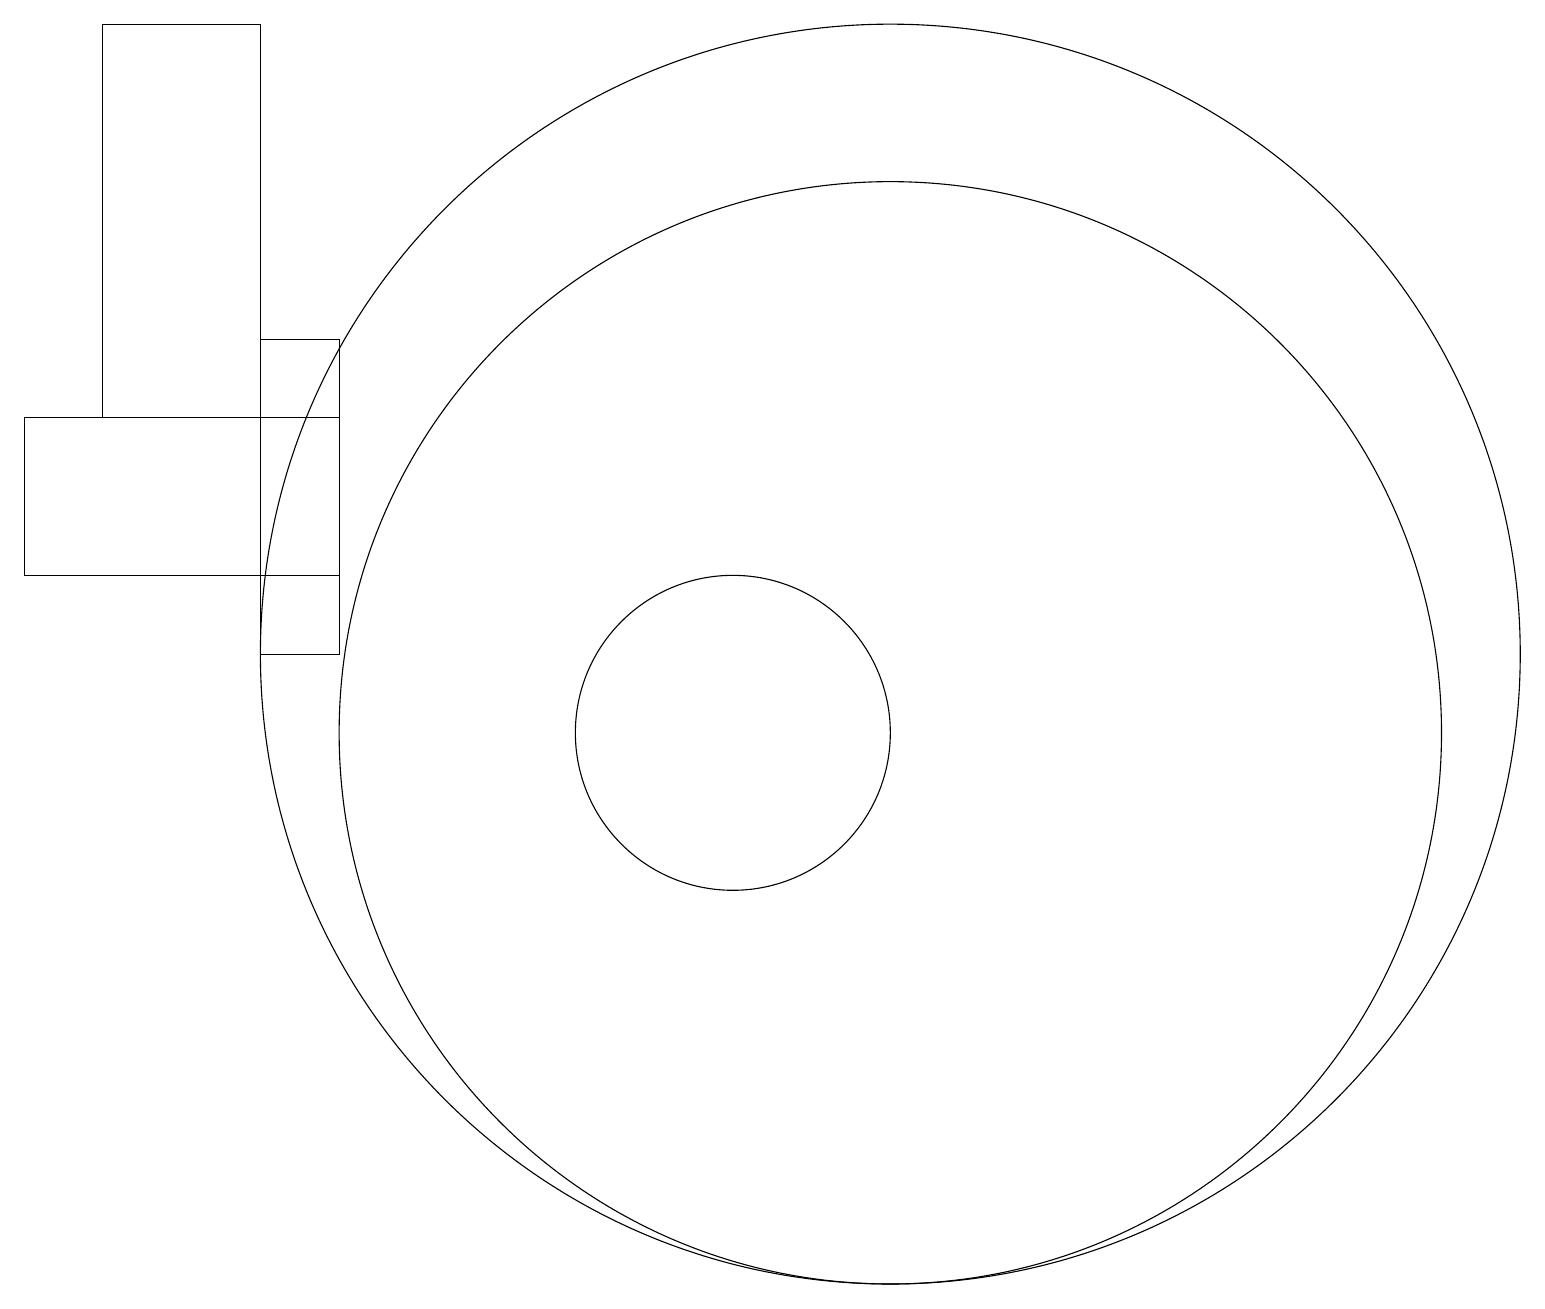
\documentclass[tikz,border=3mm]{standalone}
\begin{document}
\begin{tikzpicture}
\draw (12,11) circle (8);
\draw (2,14) rectangle (4,19);
\draw (5,12) rectangle (1,14);
\draw (4,15) rectangle (5,11);
\draw (10,10) circle (2);
\draw (12,10) circle (7);
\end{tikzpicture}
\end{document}